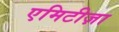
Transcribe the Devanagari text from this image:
एमिटीज़ा